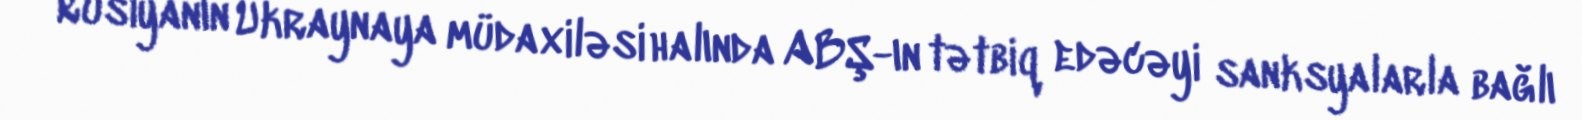
Rusiyanın Ukraynaya müdaxiləsi halında ABŞ-ın tətbiq edəcəyi sanksyalarla bağlı